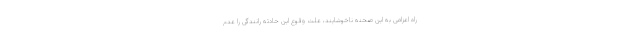
راه اعزامی به این صحنه ناخوشایند، علت وقوع این حادثه رانندگی را عدم